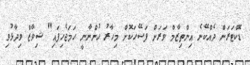
ޑޮކްޓަރަށް ދެއްކޭނެ އިންތިޒާމް ވަރަށް ފަސޭހަކޮށް މިހާރު ހުންނާނީ ހަމަޖެހިފައި" ޝިވާޒް ވިދާޅުވި